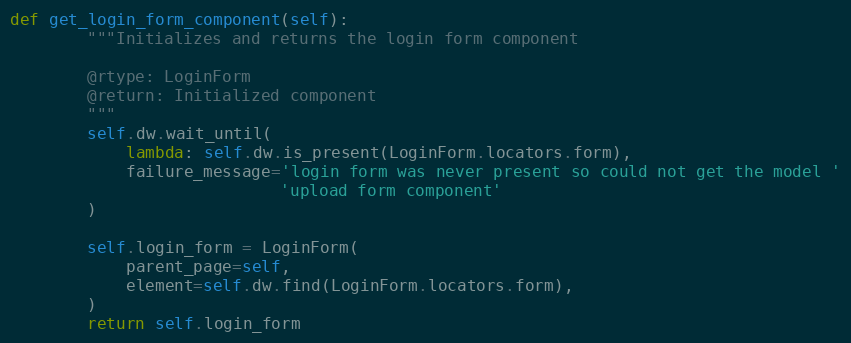
Language: Python
def get_login_form_component(self):
        """Initializes and returns the login form component

        @rtype: LoginForm
        @return: Initialized component
        """
        self.dw.wait_until(
            lambda: self.dw.is_present(LoginForm.locators.form),
            failure_message='login form was never present so could not get the model '
                            'upload form component'
        )

        self.login_form = LoginForm(
            parent_page=self,
            element=self.dw.find(LoginForm.locators.form),
        )
        return self.login_form